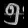
Digit: ၅